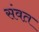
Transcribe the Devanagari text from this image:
संवत़